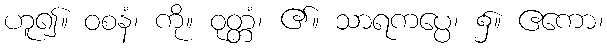
ဟူ၍။ ဝစနံ၊ ကို။ ဝုတ္တံ၊ ၏။ သာရကပ္ပေ၊ ၌။ ဧကော၊